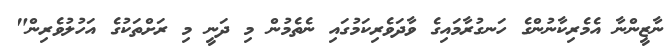
ނާޒީންނާ އެމެރިކާނުންގެ ހަނގުރާމައިގެ ވާދަވެރިކަމުގައި ނެތެމުން މި ދަނީ މި ރަށްތަކުގެ އަހުލުވެރިން"